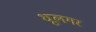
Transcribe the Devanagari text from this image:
धूलगर